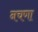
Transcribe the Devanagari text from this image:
नचणा